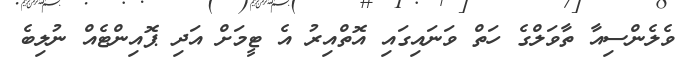
ވެލެންސިއާ ތާވަލްގެ ހަތް ވަނައިގައި އޮތްއިރު އެ ޓީމަށް އަދި ޕޮއިންޓެއް ނުލިބެ